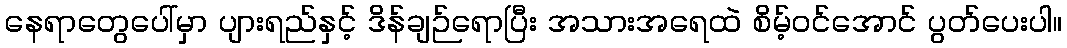
နေရာတွေပေါ်မှာ ပျားရည်နှင့် ဒိန်ချဉ်ရောပြီး အသားအရေထဲ စိမ့်ဝင်အောင် ပွတ်ပေးပါ။